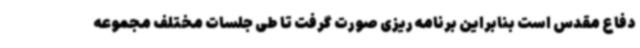
دفاع مقدس است بنابراین برنامه ریزی صورت گرفت تا طی جلسات مختلف مجموعه